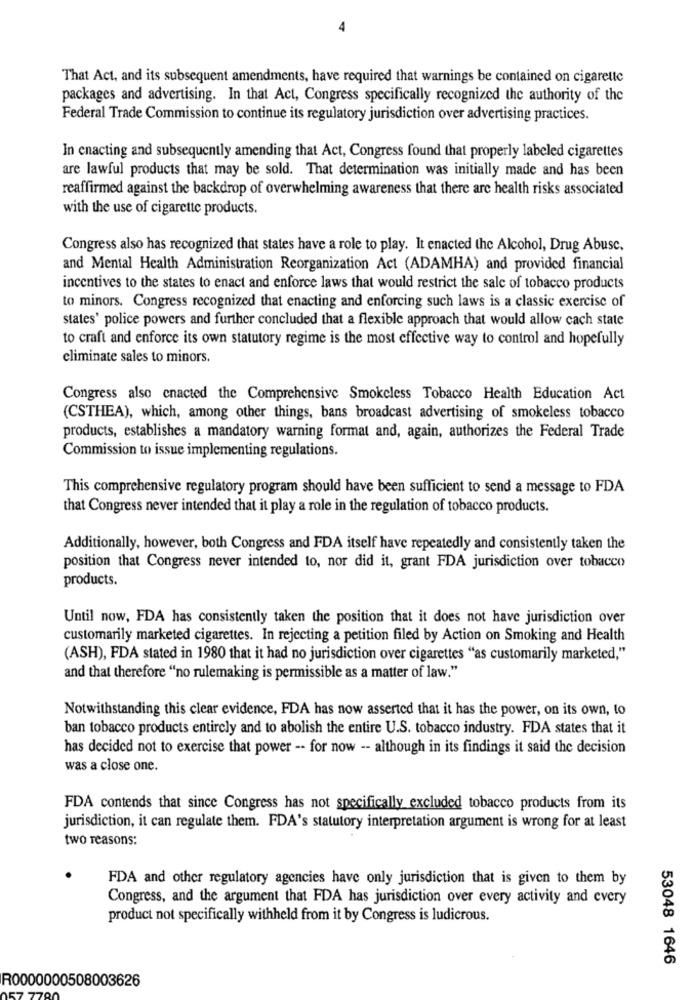
That Act, and its subsequent amendments, have required that warnings be contained on cigarette
packages and advertising. In that Act, Congress specifically recognized the authority of the
Federal Trade Commission to continue its regulatory jurisdiction over advertising practices.
In enacting and subsequently amending that Act, Congress found that properly labeled cigarettes
are lawful products that may be sold. That determination was initially made and has been
reaffirmed against the backdrop of overwhelming awareness that there are health risks associated
with the use of cigarette products.
Congress also has recognized that states have a role to play. It enacted the Alcohol, Drug Abuse,
and Mental Health Administration Reorganization Act (ADAMHA) and provided financial
incentives to the states to enact and enforce laws that would restrict the sale of tobacco products
to minors. Congress recognized that enacting and enforcing such laws is a classic exercise of
states' police powers and further concluded that a flexible approach that would allow cach state
to craft and enforce its own statutory regime is the most effective way to control and hopefully
eliminate sales to minors.
Congress also cnacted the Comprehensive Smokeless Tobacco Health Education Act
(CSTHEA), which, among other things, bans broadcast advertising of smokeless tobacco
products, establishes a mandatory warning format and, again, authorizes the Federal Trade
Commission to issue implementing regulations.
This comprehensive regulatory program should have been sufficient to send a message to FDA
that Congress never intended that it play a role in the regulation of tobacco products.
Additionally, however, both Congress and FDA itself have repeatedly and consistently taken the
position that Congress never intended to, nor did it, grant FDA jurisdiction over tobacco
products.
Until now, FDA has consistently taken the position that it does not have jurisdiction over
customarily marketed cigarettes. In rejecting a petition filed by Action on Smoking and Health
(ASH), FDA stated in 1980 that it had no jurisdiction over cigarettes "as customarily marketed,"
and that therefore "no rulemaking is permissible as a matter of law."
Notwithstanding this clear evidence, FDA has now asserted that it has the power, on its own, to
ban tobacco products entirely and to abolish the entire U.S. tobacco industry. FDA states that it
has decided not to exercise that power -- for now -- although in its findings it said the decision
was a close one.
FDA contends that since Congress has not specifically excluded tobacco products from its
jurisdiction, it can regulate them. FDA's statutory interpretation argument is wrong for at least
two reasons:
FDA and other regulatory agencies have only jurisdiction that is given to them by
Congress, and the argument that FDA has jurisdiction over every activity and every
product not specifically withheld from it by Congress is ludicrous.
53048 1646
R0000000508003626